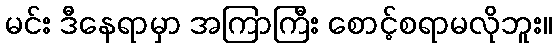
မင်း ဒီနေရာမှာ အကြာကြီး စောင့်စရာမလိုဘူး။